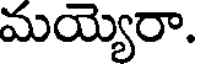
మయ్యెరా.